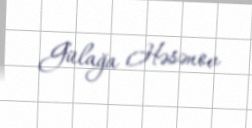
Gülağa Həsənov